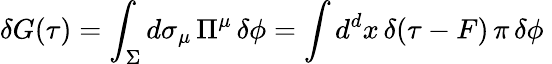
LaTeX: \delta G(\tau)=\int_{\Sigma}d\sigma_{\mu}\, \Pi^{\mu}\, \delta\phi=\int d^{d}x\, \delta(\tau-F)\, \pi\, \delta\phi\;